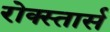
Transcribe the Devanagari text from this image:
रोक्स्तार्स